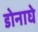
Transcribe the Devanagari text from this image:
डोनाघे